Lunatic asylums in Bengal annual reports 1888-1898 - 1888-1898
Year: 1888
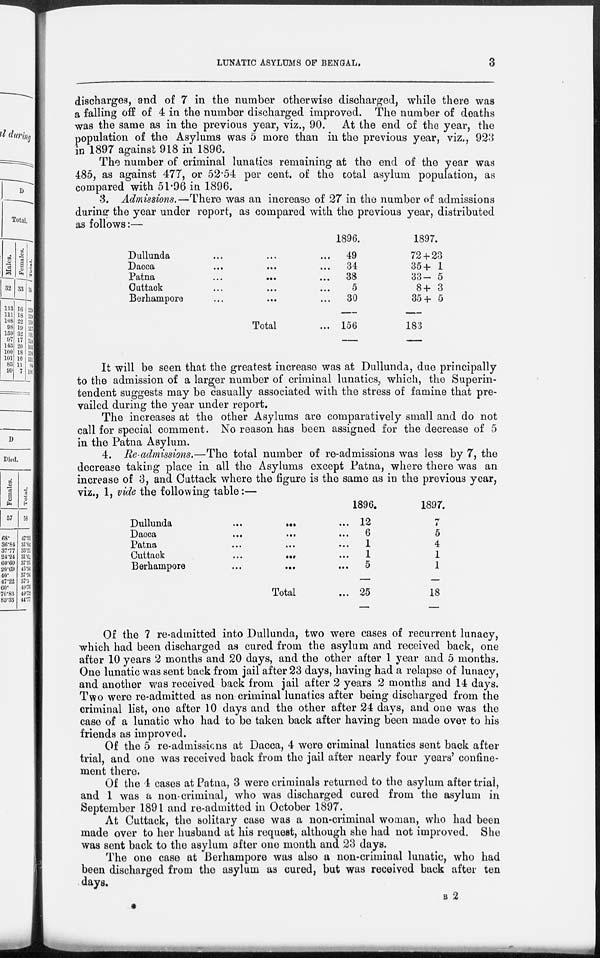
LUNATIC ASYLUMS OF BENGAL.
3
discharges, and of 7 in the number otherwise discharged, while there was
a falling off of 4 in the number discharged improved. The number of deaths
was the same as in the previous year, viz., 90. At the end of the year, the
population of the Asylums was 5 more than in the previous year, viz., 923
in 1897 against 918 in 1896.
The number of criminal lunatics remaining at the end of the year was
485, as against 477, or 52.54 per cent. of the total asylum population, as
compared with 51.96 in 1896.
3. Admissions.—There was an increase of 27 in the number of admissions
during the year under report, as compared with the previous year, distributed
as follows:—
Dullunda ... ... ...
Dacca ... ... ...
Patna
...
...
...
Cuttack ... ... ...
Berhampore ... ... ...
Total ...
1896.
49
34
38
5
30
156
1897.
72 + 23
35 + 1
33 - 5
8 + 3
35 + 5
183
It will be seen that the greatest increase was at Dullunda, due principally
to the admission of a larger number of criminal lunatics, which, the Superin-
tendent suggests may be casually associated with the stress of famine that pre-
vailed during the year under report.
The increases at the other Asylums are comparatively small and do not
call for special comment. No reason has been assigned for the decrease of 5
in the Patna Asylum.
4. Re admissions.—The total number of re-admissions was less by 7, the
decrease taking place in all the Asylums except Patna, where there was an
increase of 3, and Cuttack where the figure is the same as in the previous year,
viz., 1, vide the following table:—
Dullunda
...
...
...
Dacca
...
...
...
Patna ... ... ...
Cuttack
...
...
...
Berhampore
...
...
...
Total ...
1896.
12
6
1
1
5
25
1897.
7
5
4
1
1
18
Of the 7 re-admitted into Dullunda, two were cases of recurrent lunacy,
which had been discharged as cured from the asylum and received back, one
after 10 years 2 months and 20 days, and the other after 1 year and 5 months.
One lunatic was sent back from jail after 23 days, having had a relapse of lunacy,
and another was received back from jail after 2 years 2 months and 14 days.
Two were re-admitted as non-criminal lunatics after being discharged from the
criminal list, one after 10 days and the other after 24 days, and one was the
case of a lunatic who had to be taken back after having been made over to his
friends as improved.
Of the 5 re-admissicns at Dacca, 4 were criminal lunatics sent back after
trial, and one was received back from the jail after nearly four years' confine-
ment there.
Of the 4 cases at Patna, 3 were criminals returned to the asylum after trial,
and 1 was a non-criminal, who was discharged cured from the asylum in
September 1891 and re-admitted in October 1897.
At Cuttack, the solitary case was a non-criminal woman, who had been
made over to her husband at his request, although she had not improved. She
was sent back to the asylum after one month and 23 days.
The one case at Berhampore was also a non-criminal lunatic, who had
been discharged from the asylum as cured, but was received back after ten
days.
B 2